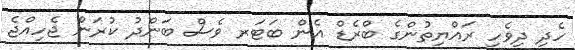
ހެދި ދިވެހި ރައްޔިތުންގެ ބްރެޑް އެން ބަޓަރ ވެސް ބަންދު ކުރަން ޖެހިއްޖެ